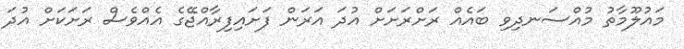
މައުލޫމާތު މުއްސަނދިވި ބައެއް ރަށްރަށަށް އުދަ އަރަން ފަށައިފިރާއްޖޭގެ އެއްވެސް ރަށަކަށް އުދަ